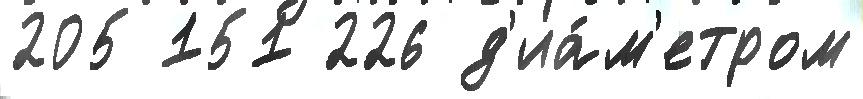
205 151 226 д'иа́м'етром